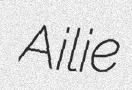
Ailie